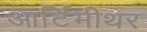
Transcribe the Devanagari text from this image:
आर्टिमीथर